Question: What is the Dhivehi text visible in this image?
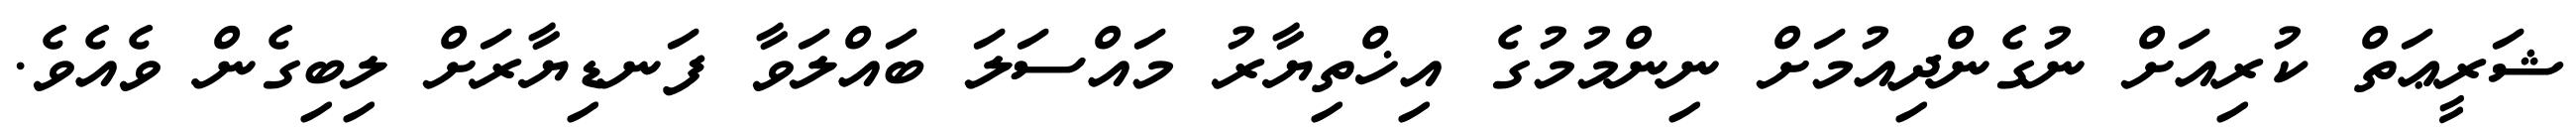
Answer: ޝަރީޢަތް ކުރިއަށް ނުގެންދިއުމަށް ނިންމުމުގެ އިޚްތިޔާރު މައްސަލަ ބައްލަވާ ފަނޑިޔާރަށް ލިބިގެން ވެއެވެ.